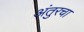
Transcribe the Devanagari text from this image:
अंतुरचा